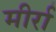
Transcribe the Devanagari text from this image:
मीर्रा